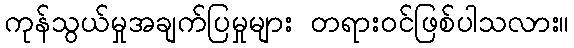
ကုန်သွယ်မှုအချက်ပြမှုများ တရားဝင်ဖြစ်ပါသလား။